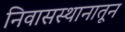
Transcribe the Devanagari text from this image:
निवासस्थानातून